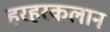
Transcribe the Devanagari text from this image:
हरहरकलान